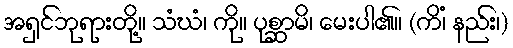
အရှင်ဘုရားတို့။ သံဃံ၊ ကို။ ပုစ္ဆာမိ၊ မေးပါ၏။ (ကိံ၊ နည်း၊)